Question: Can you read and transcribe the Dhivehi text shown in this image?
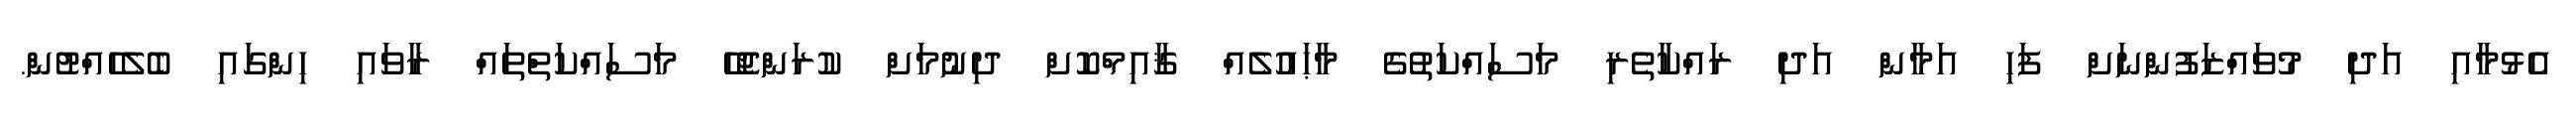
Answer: އެޅުމާއި އަދި މުވައްޒަފުންނަށް ފަހި އަމާން އަދި ރައްކާތެރި މަސައްކަތުގެ މާޙައުލެއް ޤާއިމްކޮށް ދިނުމަށް ކުރަންޖެހޭ މަސައްކަތްތައް ރާވައި ހިންގައި ބެލެހެއްޓުން.